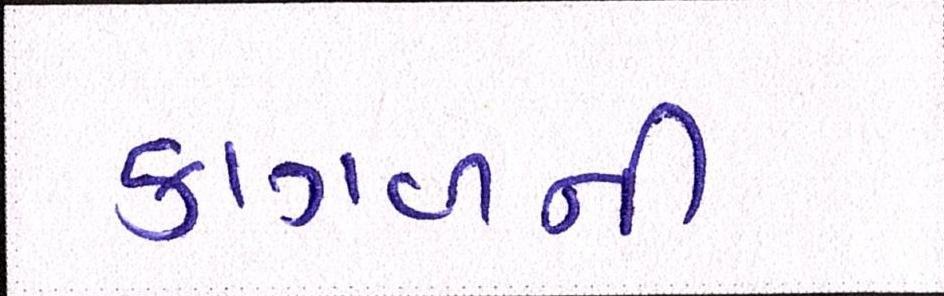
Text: કાગળની